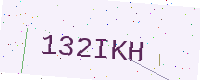
Text: 132IKH